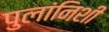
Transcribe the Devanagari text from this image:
पुलांनिशी